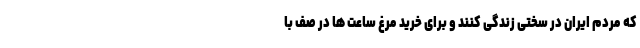
که مردم ایران در سختی زندگی کنند و برای خرید مرغ ساعت ها در صف با